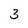
Character: 3